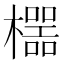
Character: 𱤯